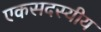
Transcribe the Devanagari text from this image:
एकसदस्यीय